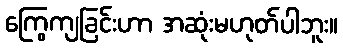
ကြွေကျခြင်းဟာ အဆုံးမဟုတ်ပါဘူး။